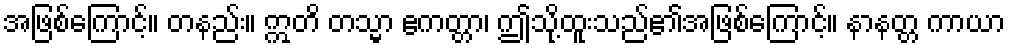
အဖြစ်ကြောင့်။ တနည်း။ ဣတိ တသ္မာ ဧကတ္တာ၊ ဤသို့ထူးသည်၏အဖြစ်ကြောင့်။ နာနတ္တ ကာယာ